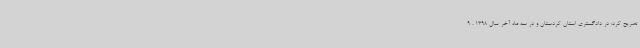
تصریح کرد: در دادگستری استان کردستان و در سه ماه آخر سال 1398 ، 9